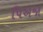
પિએજો